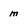
Character: m